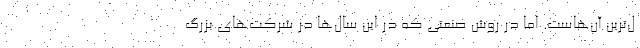
ل‌ترین آن‌هاست. اما در روش صنعتی که در این سال‌ها در شرکت‌های بزرگ